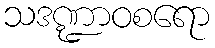
သဒဏ္ဍာဝစရော